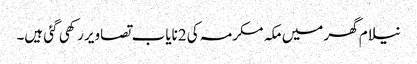
نیلام گھر میں مکہ مکرمہ کی 2نایاب تصاویر رکھی گئی ہیں۔